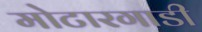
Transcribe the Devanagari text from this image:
मोटारगाडी